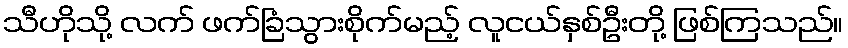
သီဟိုသို့ လက် ဖက်ခြံသွားစိုက်မည့် လူငယ်နှစ်ဦးတို့ ဖြစ်ကြသည်။